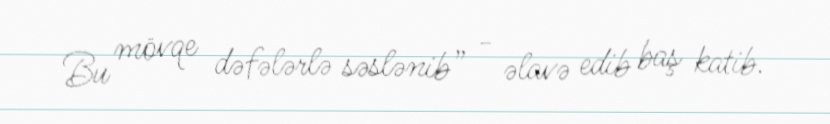
Bu mövqe dəfələrlə səslənib” - əlavə edib baş katib.